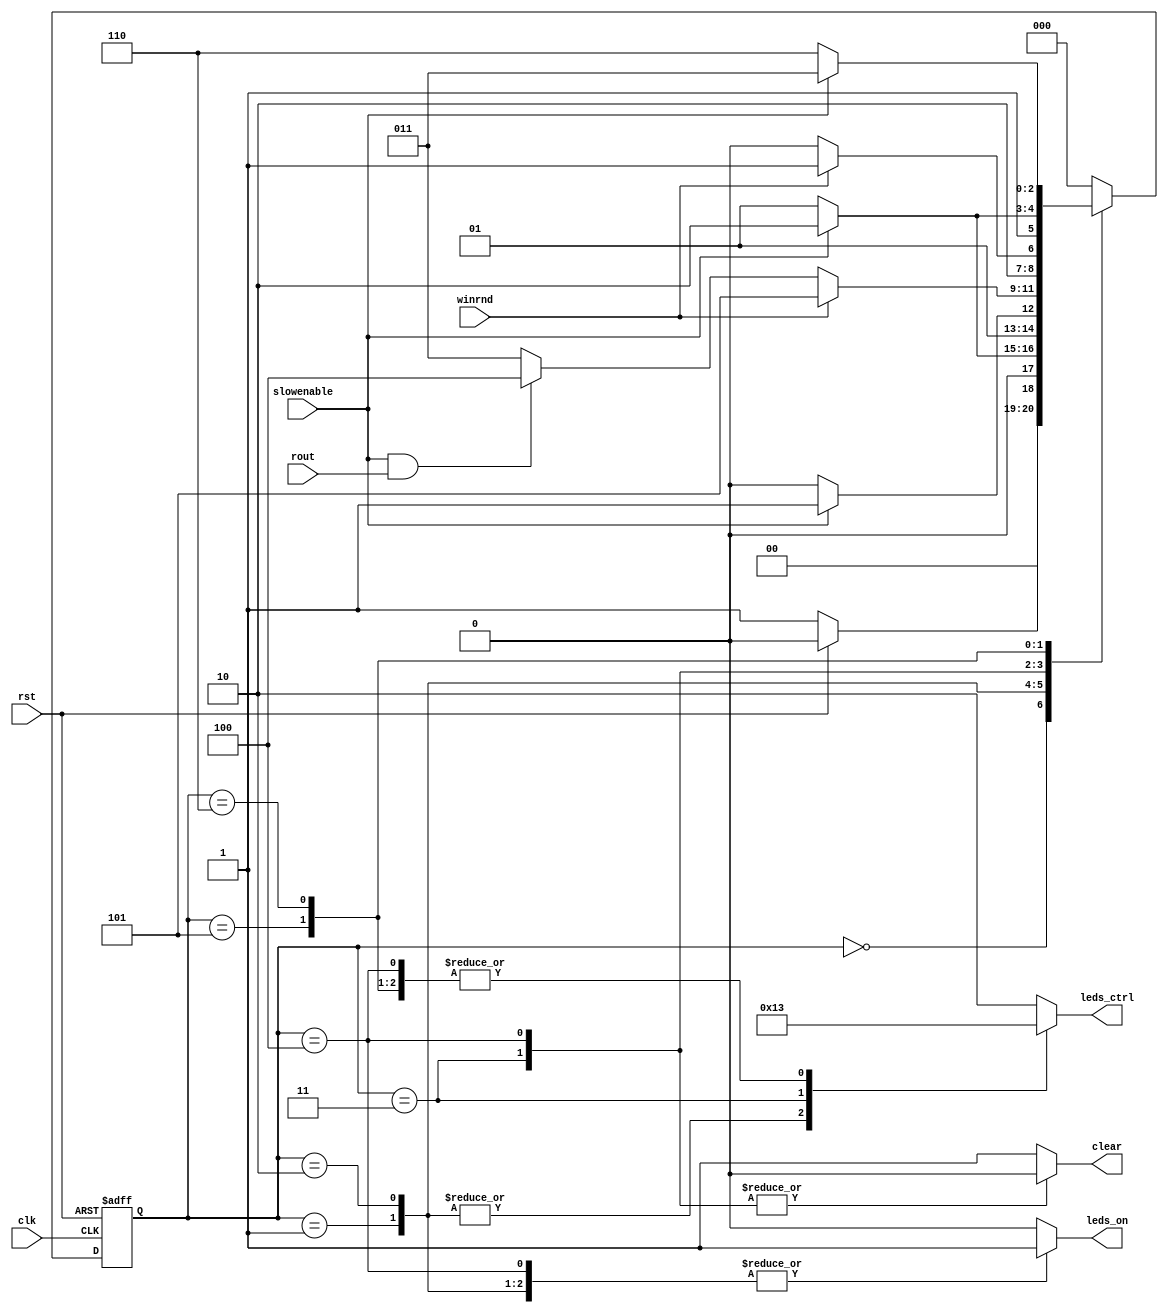
`timescale 1ns / 1ps
//////////////////////////////////////////////////////////////////////////////////
// Company: 
// Engineer: 
// 
// Design Name: 
// Module Name:    MC 
// Project Name: 
// Target Devices: 
// Tool versions: 
// Description: 
//
// Dependencies: 
//
// Revision: 
// Revision 0.01 - File Created
// Additional Comments: 
//
//////////////////////////////////////////////////////////////////////////////////
module MC(input slowenable,
    input rout,
    input winrnd,
    input clk,
    input rst,
    output leds_on,
    output [1:0] leds_ctrl,
    output clear
    );

reg reg_leds_on;
reg [1:0] reg_leds_ctrl;
reg reg_clear;

reg [2:0] state;
reg [2:0] nxtstate;

assign leds_on = reg_leds_on;
assign leds_ctrl = reg_leds_ctrl;
assign clear = reg_clear;

`define reset		0
`define wait_a		1
`define wait_b		2
`define dark		3
`define play		4
`define gloat_a	5
`define gloat_b	6

`define ALL_OFF   0  // all leds off
`define ALL_ON   1  // all leds on
`define RESET_CODE   2  // error/reset code
`define SCORE  3  // score

always @(posedge clk or posedge rst)
	if ( rst ) state <= `reset;
	else state <= nxtstate;
	
// Next state logic
always @(state or rst or slowenable or winrnd or rout)
	case (state)
		`reset:
			if (!rst) nxtstate <= `wait_a; else nxtstate <= `reset;
		`wait_a:
			if (slowenable) nxtstate <= `wait_b; else nxtstate <= `wait_a;
		`wait_b:
			if (slowenable) nxtstate <= `dark; else nxtstate <= `wait_b;
		`dark:
			if (winrnd) nxtstate <= `gloat_a;
			else if (slowenable && rout) nxtstate <= `play;
			else nxtstate <= `dark;
		`play:
			if (winrnd) nxtstate <= `gloat_a; else nxtstate <= `play;
		`gloat_a:
			if (slowenable) nxtstate <= `gloat_b; else nxtstate <= `gloat_a;
		`gloat_b:
			if (slowenable) nxtstate <= `dark; else nxtstate <= `gloat_b;
		default: nxtstate <= `reset;
	endcase

// Output logic	
always @(state)
	case(state)
		`reset:
			begin
				reg_leds_on <= 1;
				reg_clear <= 1;
				reg_leds_ctrl <= `RESET_CODE;
			end
		`wait_a:
			begin
				reg_leds_on <= 1;
				reg_clear <= 1;
				reg_leds_ctrl <= `ALL_ON;
			end
		`wait_b:
			begin
				reg_leds_on <= 1;
				reg_clear <= 1;
				reg_leds_ctrl <= `ALL_ON;
			end
		`dark:
			begin
				reg_leds_on <= 0;
				reg_clear <= 0;
				reg_leds_ctrl <= `ALL_OFF;
			end
		`play:
			begin
				reg_leds_on <= 1;
				reg_clear <= 0;
				reg_leds_ctrl <= `SCORE;
			end
		`gloat_a:
			begin
				reg_leds_on <= 1;
				reg_clear <= 1;
				reg_leds_ctrl <= `SCORE;
			end
		`gloat_b:
			begin
				reg_leds_on <= 1;
				reg_clear <= 1;
				reg_leds_ctrl <= `SCORE;
			end
		default:
			begin
				reg_leds_on <= 0;
				reg_clear <= 1;
				reg_leds_ctrl <= `RESET_CODE;
			end		
	endcase

endmodule